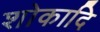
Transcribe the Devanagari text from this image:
शोकादि